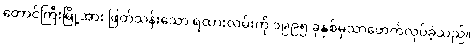
တောင်ကြီးမြို့အား ဖြတ်သန်းသော ရထားလမ်းကို ၁၉၉၅ ခုနှစ်မှသာဖောက်လုပ်ခဲ့သည်။